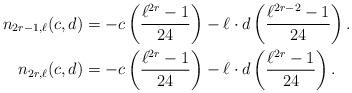
LaTeX: \begin{align*}n_{2r-1,\ell}(c,d)&=-c\left(\dfrac{\ell^{2r}-1}{24}\right)-\ell\cdot d\left(\dfrac{\ell^{2r-2}-1}{24}\right).\\n_{2r,\ell}(c,d)&=-c\left(\dfrac{\ell^{2r}-1}{24}\right)-\ell\cdot d\left(\dfrac{\ell^{2r}-1}{24}\right) .\end{align*}